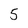
Character: 5